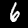
Label: 6